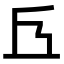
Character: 𠀈